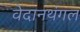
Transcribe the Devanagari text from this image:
वेदानथंगल